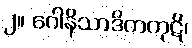
၂။ ဂေါနိသာဒိကကုဋိ၊